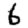
Digit: 6